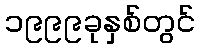
၁၉၉၉ခုနှစ်တွင်